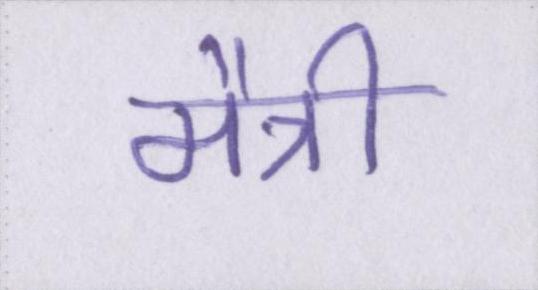
मैत्री